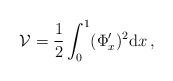
LaTeX: \begin{align*} \mathcal{V}=\frac{1}{2}\int_0^1 (\Phi_x')^2\mathrm{d}x\,, \end{align*}